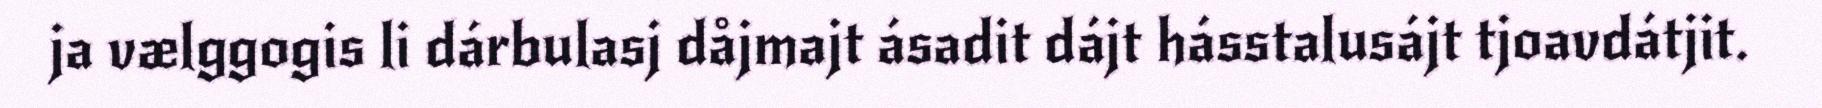
ja vælggogis li dárbulasj dåjmajt ásadit dájt hásstalusájt tjoavdátjit.